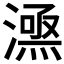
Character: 𣾎